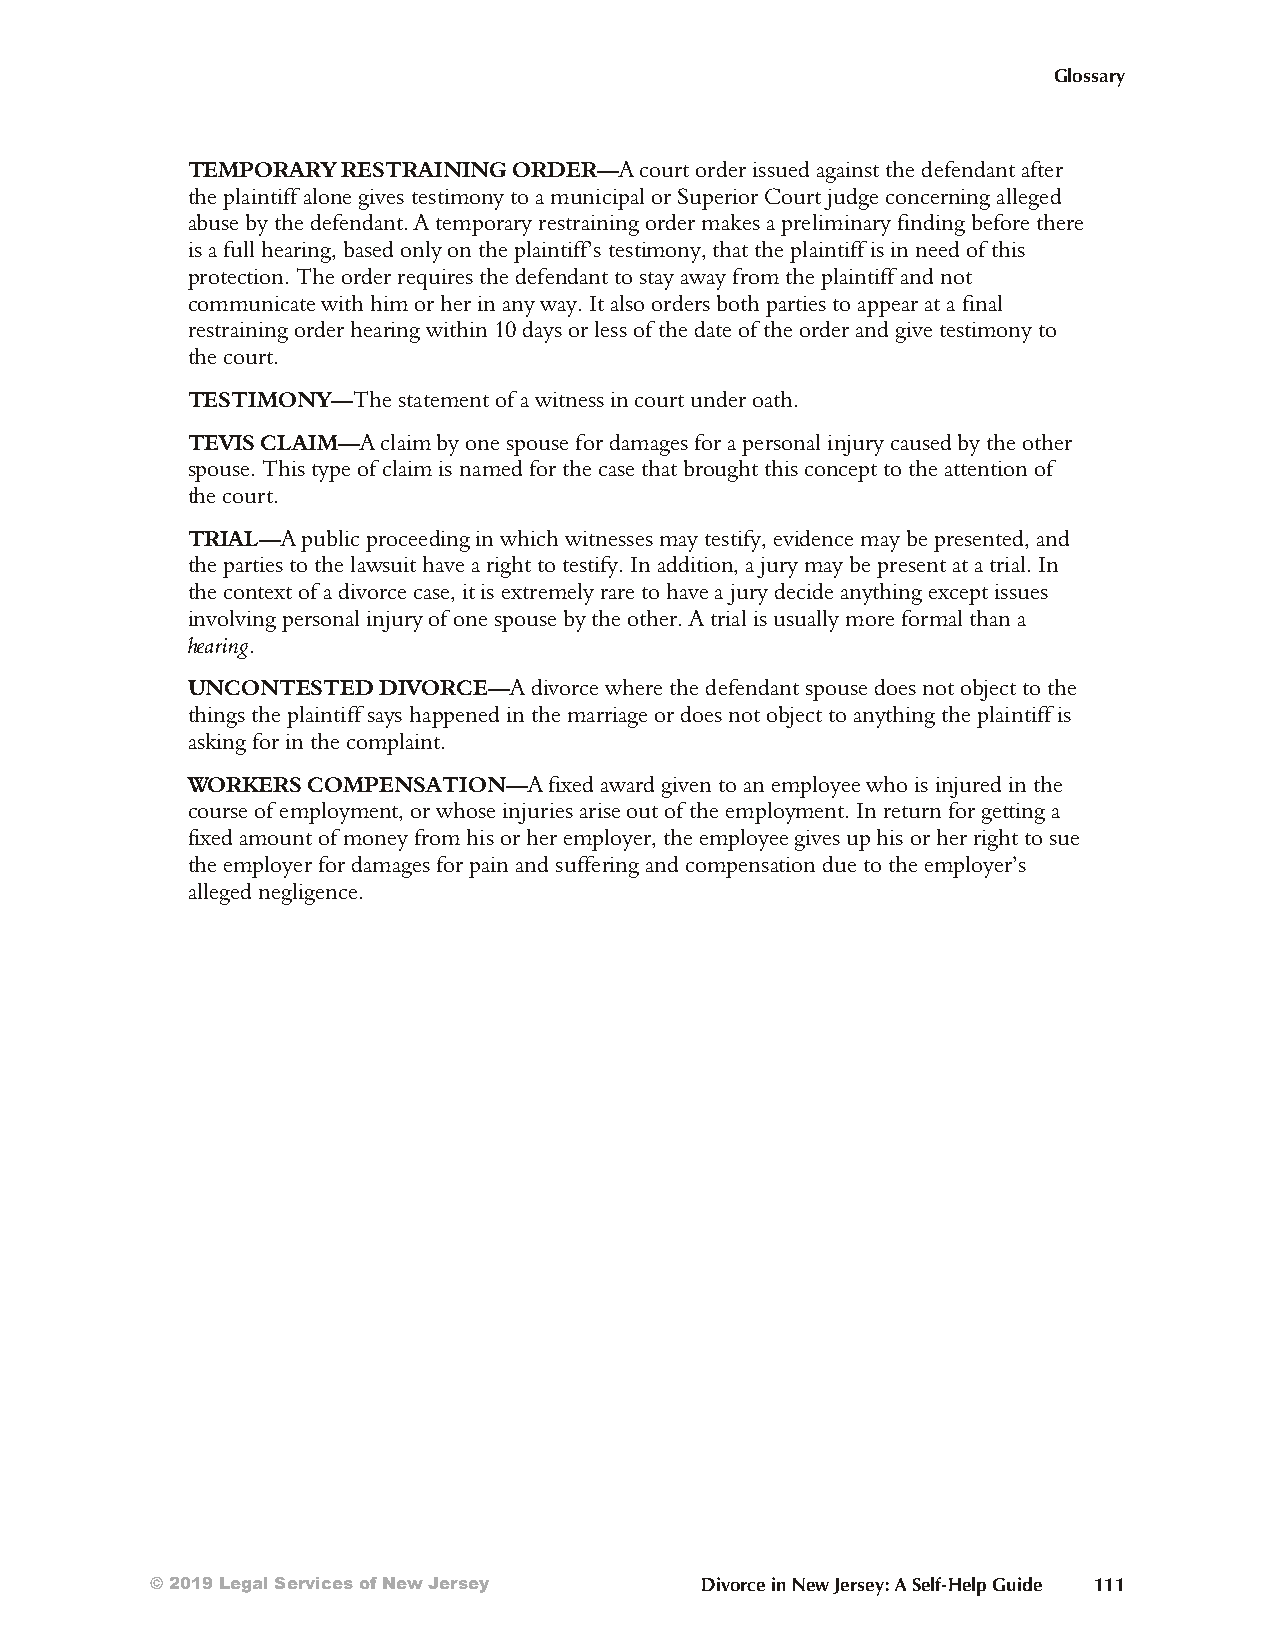
Glossary
 TEMPORARY  RESTRAINING ORDER—A court or der is sued against the def end ant aft er
 the plain tiff alone gives tes ti mony to a mun ic i pal or Sup er ior Court judge con cerni ng al leged
 abuse by the def end ant. A tem por ary res train ing ord er makes a prel im i nary find ing bef ore there
 is a full hear ing, based only on the plaint iff’s tes ti mony, that the plaint iff is in need of this
 prot ec tion. The order req uires the de fend ant to stay away from the plain tiff and not
 com mu ni cate with him or her in any way. It also or ders both part ies to ap pear at a fin al
 res train ing ord er heari ng within 10 days or less of the date of the order and give testimony to
 the court.
 TESTIMONY—The state ment of a wit ness in court un der oath.
 TEVIS CLAIM—A claim by one spouse for dam ages for a pers onal in jury caused by the other
 spouse. This type of claim is named for the case that brought this con cept to the at ten tion of
 the court.
 TRIAL—A pub lic pro ceed ing in which wit nesses may test ify, ev i dence may be pre sented, and
 the par ties to the law suit have a right to tes tify. In ad di tion, a jury may be pres ent at a trial. In
 the con text of a di vorce case, it is ex tremely rare to have a jury de cide any thing ex cept is sues
 in volv ing pers onal in jury of one spouse by the other. A trial is usu ally more formal than a
 hearing.
 UNCONTESTED  DIVORCE—A di vorce where the def end ant spouse does not obj ect to the
 things the plain tiff says hap pened in the mar riage or does not obj ect to any thing the plain tiff is
 ask ing for in the com plaint.
 WORKERS COMPENSATION—A  fixed award given to an em ployee who is in jured in the
 course of em ploy ment, or whose in ju ries arise out of the em ploy ment. In re turn for get ting a
 fixed amount of money from his or her em ployer, the em ployee gives up his or her right to sue
 the em ployer for dam ages for pain and suf feri ng and com pens a tion due to the em ployer’s
 al leged negligence.
 © 2019 Legal Services of New Jersey Divorce in New Jersey: A Self-Help Guide 111